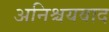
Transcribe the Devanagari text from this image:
अनिश्चयवाद